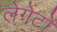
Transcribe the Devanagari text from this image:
लेगेटो